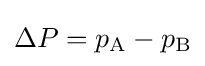
\Delta P=p_{\text{A}}-p_{\text{B}}